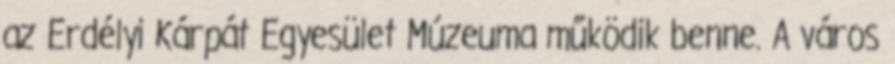
az Erdélyi Kárpát Egyesület Múzeuma működik benne. A város